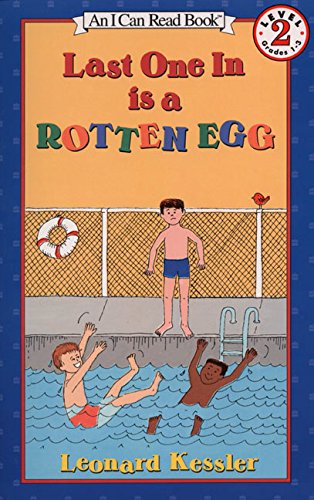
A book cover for Last One in Is a Rotten Egg (I Can Read Level 2); Leonard Kessler; Children's Books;